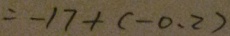
= - 1 7 + ( - 0 . 2 )